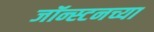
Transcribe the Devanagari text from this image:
जॉन्स्टनच्या